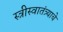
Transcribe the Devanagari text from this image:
स्त्रीस्वातंत्र्याचे